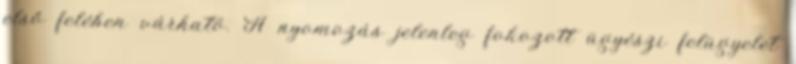
első felében várható. A nyomozás jelenleg fokozott ügyészi felügyelet